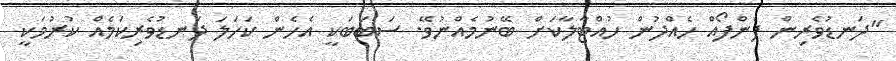
"ދަނޑުވެރިން ފެންފޯއް ހެއްދުން ހުއްޓާލާކަށް ބޭނުމެއްނުވޭ. ސަބަބަކީ އެހެން ކަހަލަ ދަނޑުވެރިކަމެއް ކުރުމަކީ